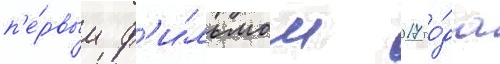
п'е́рвым ф'и́льмом 2017 го́да